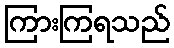
ကြားကြရသည်